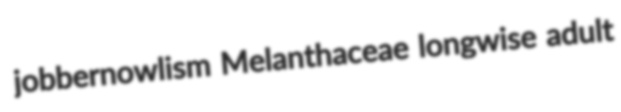
jobbernowlism Melanthaceae longwise adult